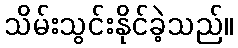
သိမ်းသွင်းနိုင်ခဲ့သည်။